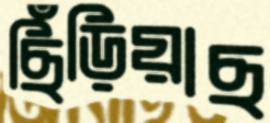
ছিঁড়িয়াছ